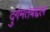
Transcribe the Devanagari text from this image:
दुर्गमतेबद्दल